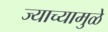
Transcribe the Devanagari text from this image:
ज्याच्यामुळे